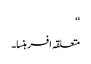
‘‘
متعلقہ افسر ہنسا۔